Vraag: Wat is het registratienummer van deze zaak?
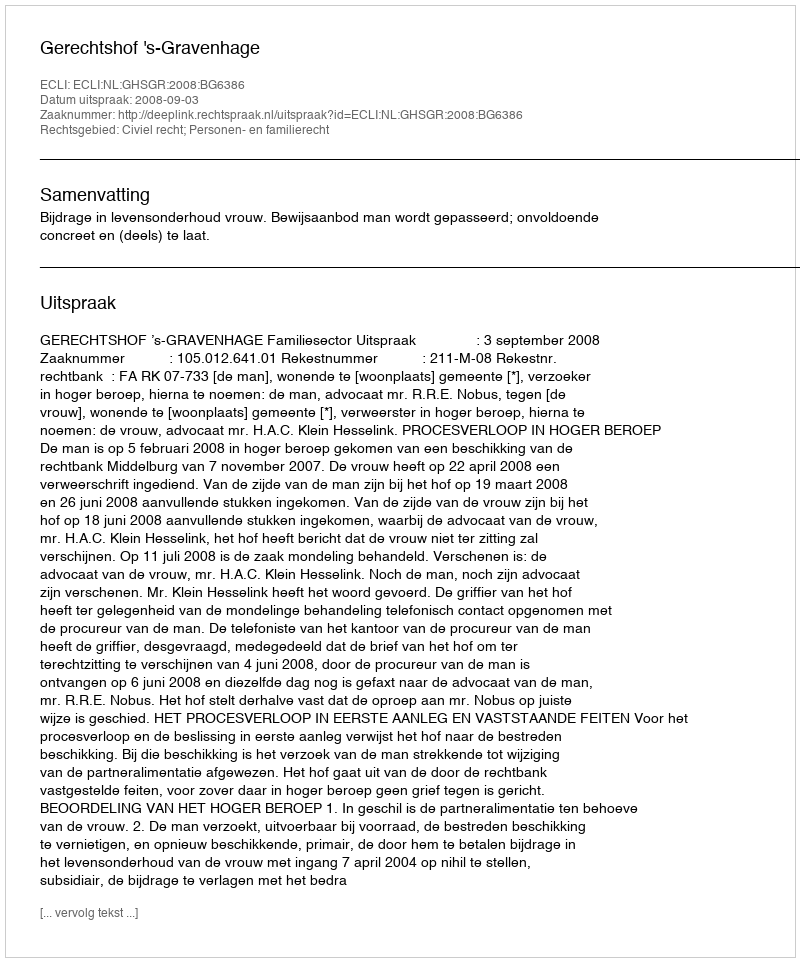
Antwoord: http://deeplink.rechtspraak.nl/uitspraak?id=ECLI:NL:GHSGR:2008:BG6386